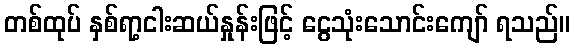
တစ်ထုပ် နှစ်ရာ့ငါးဆယ်နှုန်းဖြင့် ငွေသုံးသောင်းကျော် ရသည်။